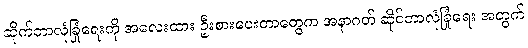
ဆိုက်ဘာလုံခြုံရေးကို အလေးထား ဦးစားပေးတာတွေက အနာဂတ် ဆိုင်ဘာလုံခြုံရေး အတွက်